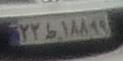
۲۲ط۱۸۸۹۹